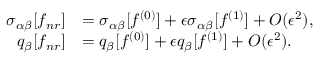
\begin{array} { r l } { \sigma _ { \alpha \beta } [ f _ { n r } ] } & { = \sigma _ { \alpha \beta } [ f ^ { ( 0 ) } ] + \epsilon \sigma _ { \alpha \beta } [ f ^ { ( 1 ) } ] + O ( \epsilon ^ { 2 } ) , } \\ { q _ { \beta } [ f _ { n r } ] } & { = q _ { \beta } [ f ^ { ( 0 ) } ] + \epsilon q _ { \beta } [ f ^ { ( 1 ) } ] + O ( \epsilon ^ { 2 } ) . } \end{array}